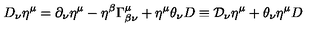
D _ { \nu } \eta ^ { \mu } = \partial _ { \nu } \eta ^ { \mu } - \eta ^ { \beta } \Gamma _ { \beta \nu } ^ { \mu } + \eta ^ { \mu } \theta _ { \nu } D \equiv \mathcal { D } _ { \nu } \eta ^ { \mu } + \theta _ { \nu } \eta ^ { \mu } D